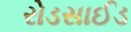
રોડસાઈડ